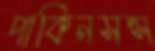
পার্কিনসন্স